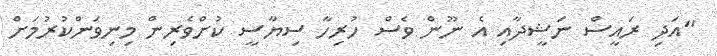
"އަދި ރައީސް ނަޝީދާއި އެ ނޫން ވެސް ހުރިހާ ސިޔާސީ ކުށްވެރިން މިނިވަންކުރުމަށް